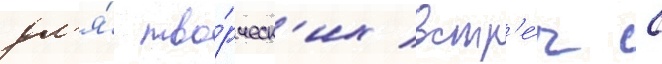
дл'я́ тво́рческ'их встр'е́ч с